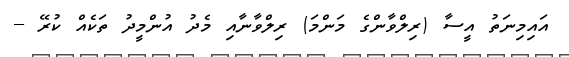
އައިމިނަތު އީސާ (ރިލްވާންގެ މަންމަ) ރިލްވާނާއި މެދު އުންމީދު ތަކެއް ކުރޭ --